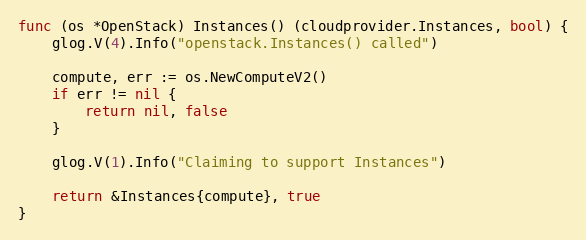
Language: Go
func (os *OpenStack) Instances() (cloudprovider.Instances, bool) {
	glog.V(4).Info("openstack.Instances() called")

	compute, err := os.NewComputeV2()
	if err != nil {
		return nil, false
	}

	glog.V(1).Info("Claiming to support Instances")

	return &Instances{compute}, true
}